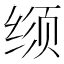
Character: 𬘳